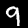
Digit: 9